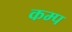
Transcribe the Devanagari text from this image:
कम्‍प